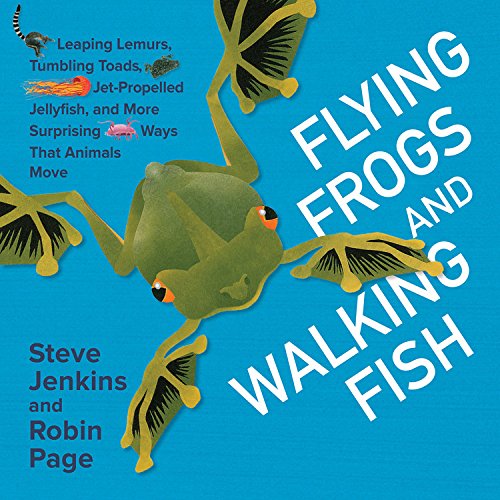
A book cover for Flying Frogs and Walking Fish: Leaping Lemurs, Tumbling Toads, Jet-Propelled Jellyfish, and More Surprising Ways That Animals Move; Steve Jenkins; Children's Books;